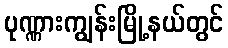
ပုဏ္ဏားကျွန်းမြို့နယ်တွင်